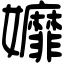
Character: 孊